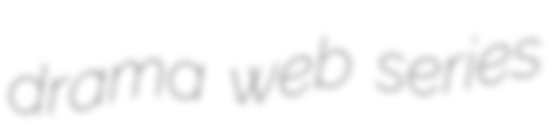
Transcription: drama web series